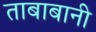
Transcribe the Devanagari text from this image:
ताबाबानी